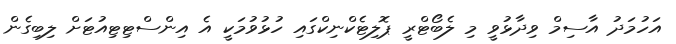
އަހުމަދު އާސިމް ވިދާޅުވީ މި ލެބޯޓްރީ ޕޮލިޓެކްނިކްގައި ހުޅުވުމަކީ އެ އިންސްޓިޓިއުޓަށް ލިބިގެން